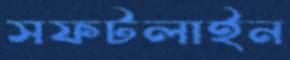
সফটলাইন